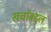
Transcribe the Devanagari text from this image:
खर्चाबद्दल